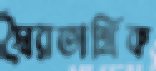
স্বৈরতান্ত্রিক